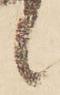
候